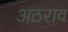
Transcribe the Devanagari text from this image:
अठराव